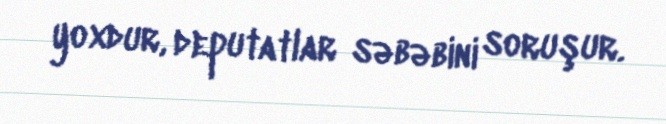
yoxdur, deputatlar səbəbini soruşur.